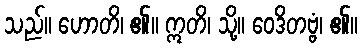
သည်။ ဟောတိ၊ ၏။ ဣတိ၊ သို့။ ဝေဒိတဗ္ဗံ၊ ၏။